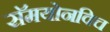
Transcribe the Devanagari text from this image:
सॅमयोनविच